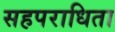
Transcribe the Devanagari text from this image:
सहपराधिता